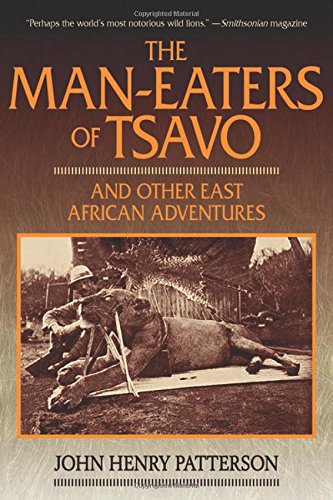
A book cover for The Man-Eaters of Tsavo: And Other East African Adventures; John Henry Patterson; History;